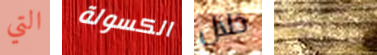
التي الكسولة خلال الاحتمالات